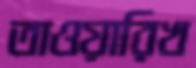
তাওয়ারিখ